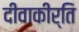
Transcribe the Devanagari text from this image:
दीवाकीर्ति